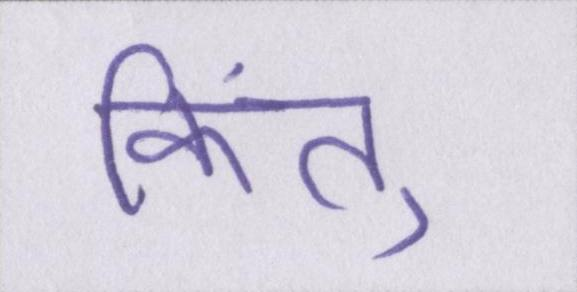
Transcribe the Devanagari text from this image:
किंतु